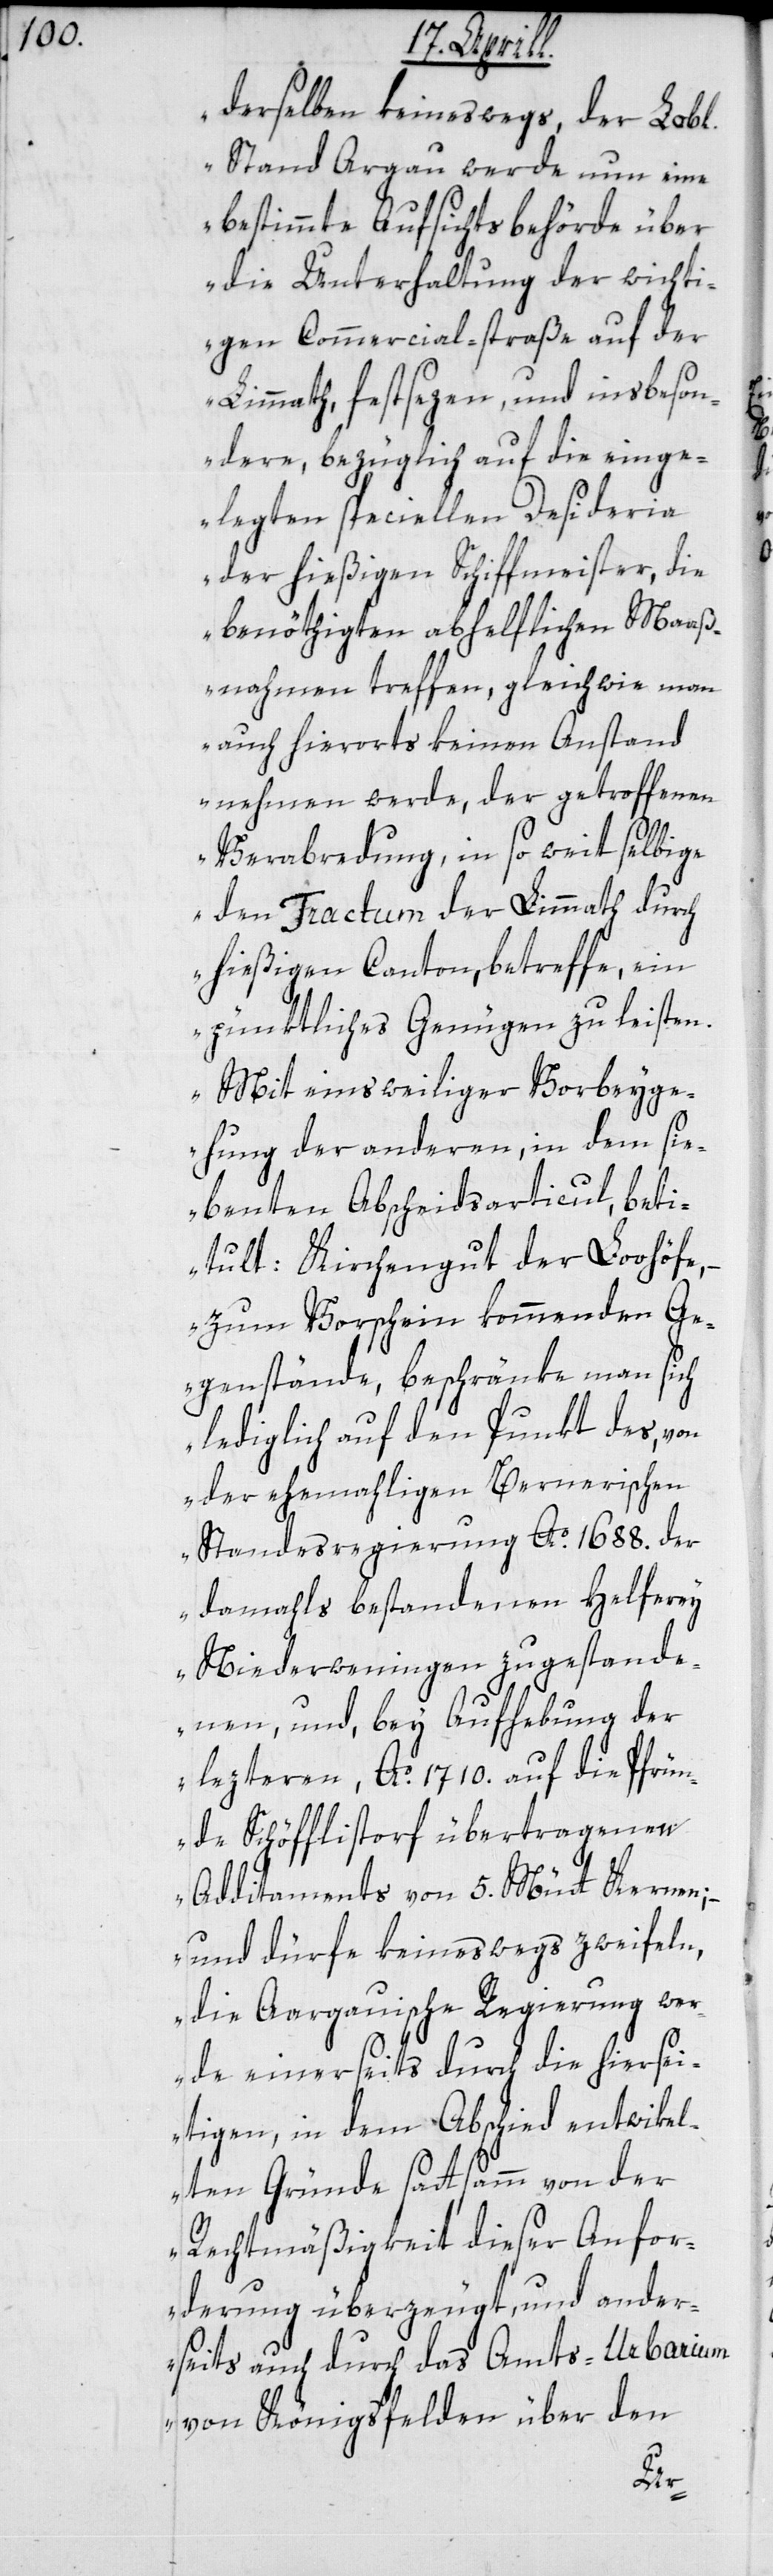
derselben keineswegs, der Lobl.
Stand Argau werde nun eine
bestimmte Aufsichtsbehörde über
die Unterhaltung der wichti¬
gen Commercial-straße auf der
Limmath, festsezen, und insbeson¬
dere, bezüglich auf die einge¬
legten speciellen Desideria
der hießigen Schiffmeister, die
benöthigten abhelflichen Maaß¬
nahmen treffen, gleichwie man
auch hierorts keinen Anstand
nehmen werde, der getroffenen
Verabredung, in so weit selbige
den Fractum der Limmath durch
hießigen Canton betreffe, ein
pünktliches Genügen zu leisten.
Mit einsweiliger Vorbeyge¬
hung der anderen, in dem sie¬
benten Abscheidsarticul, beti¬
tult: Kirchengut der Loohöfe,
– zum Vorschein kommenden Ge¬
genstände, beschränke man sich
lediglich auf den Punkt des, von
der ehemaligen Bernerischen
Standesregierung Ao. 1688. der
damahls bestandenen Helferey
Niederweningen zugestande¬
nen, und bey Aufhebung der
lezteren, Ao. 1710. auf die Pfrün¬
de Schöfflisdorf übertragenen
Additaments von 5. Mütt Kernen;
– und dürfe keineswegs zweifeln,
die Aargauische Regierung we¬
rde einerseits durch die hiersei¬
tigen, in dem Abschied entwickel¬
ten Gründe sattsamm von der
Rechtmäßigkeit dieser Anfor¬
derung überzeugt, und ander¬
seits auch durch das Amts-Urbarium
von Königsfelden über den